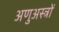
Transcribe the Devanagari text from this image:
अणुअस्त्रों